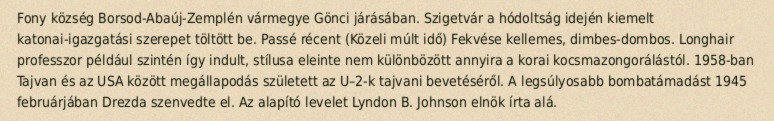
Fony község Borsod-Abaúj-Zemplén vármegye Gönci járásában. Szigetvár a hódoltság idején kiemelt katonai-igazgatási szerepet töltött be. Passé récent (Közeli múlt idő) Fekvése kellemes, dimbes-dombos. Longhair professzor például szintén így indult, stílusa eleinte nem különbözött annyira a korai kocsmazongorálástól. 1958-ban Tajvan és az USA között megállapodás született az U–2-k tajvani bevetéséről. A legsúlyosabb bombatámadást 1945 februárjában Drezda szenvedte el. Az alapító levelet Lyndon B. Johnson elnök írta alá.